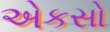
એકસો